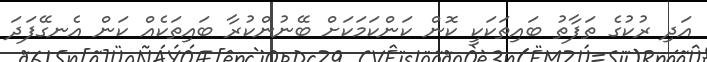
އަދި ރުކުގެ ތަފާތު ބައިތަކަކީ ކޮން ކަންކަމަކަށް ބޭނުންކުރާ ބައިތަކެއް ކަން އެނގޭފަދަ